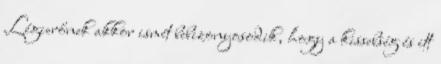
Légierőnek akkor ismét bebizonyosodik, hogy a kissebség és itt